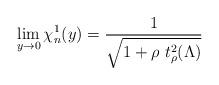
LaTeX: \begin{align*}\lim_{y\to 0}\chi^1_n(y)=\frac{1}{\sqrt{1+\rho\ t_\rho^2(\Lambda)}}\end{align*}